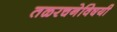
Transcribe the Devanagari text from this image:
तळरचनेविषयी